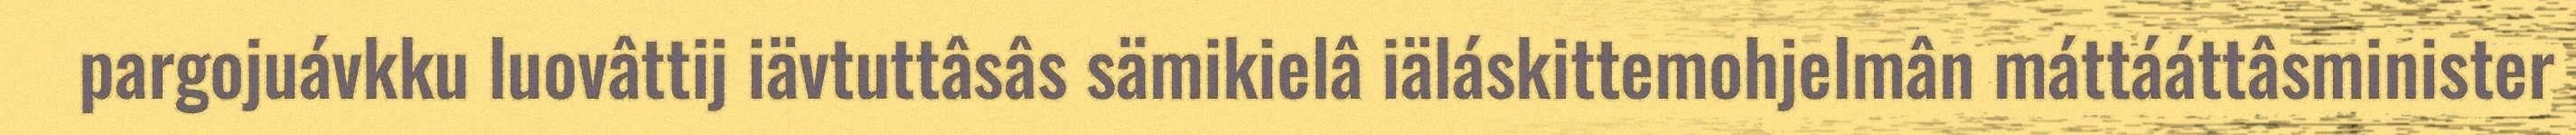
pargojuávkku luovâttij iävtuttâsâs sämikielâ iäláskittemohjelmân máttááttâsminister